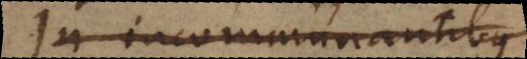
In incommunicantibus